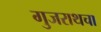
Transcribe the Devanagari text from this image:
गुजराथचा